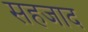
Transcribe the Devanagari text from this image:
सहजाद